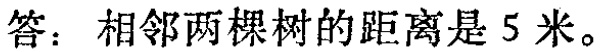
答：相邻两棵树的距离是 5 米。